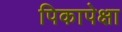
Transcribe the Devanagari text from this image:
पिकापेक्षा